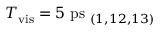
T _ { \mathrm { v i s } } = 5 \ \mathrm { p s } _ { \ ( 1 , 1 2 , 1 3 ) }